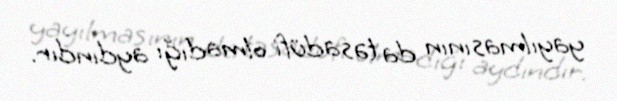
yayılmasının da təsadüfi olmadığı aydındır.